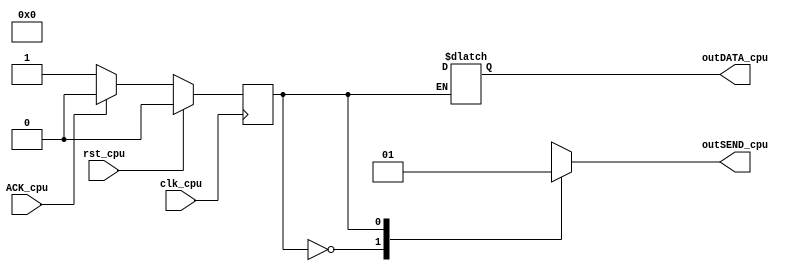
module fsmCPU (ACK_cpu, clk_cpu, rst_cpu, outDATA_cpu, outSEND_cpu);

  	output reg outSEND_cpu;
  	output reg [31:0] outDATA_cpu;

	input ACK_cpu;
  	input clk_cpu, rst_cpu;

	/*
		CPU states:
		0 - not sending
		1 - sending
	*/
	reg currentState_cpu, nextState_cpu;

	// Current State - Initial begin
	always @ (posedge clk_cpu)
	begin
		if (rst_cpu == 1)
			currentState_cpu <= 0;
		else
			currentState_cpu <= nextState_cpu;
	end

	// Next State
	always @ (*)
	begin
		case ({currentState_cpu})
			0, 1:
				if (ACK_cpu == 0)
					nextState_cpu = 1;
				else
					nextState_cpu = 0;
		endcase
	end

	// Outputs
	always @ (*)
	begin
		case ({currentState_cpu})
			0:
			begin
				outSEND_cpu = 0;
			end
			1:
			begin
				outSEND_cpu = 1;
				// Generates a random 32-bit number
				outDATA_cpu = $random;
			end

		endcase
	end

endmodule